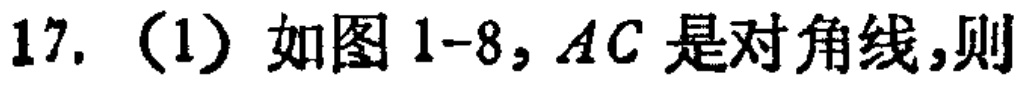
17.（1）如图1-8，$AC$是对角线，则